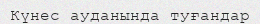
Күнес ауданында туғандар